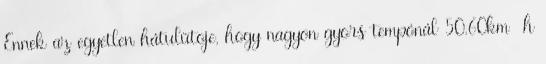
Ennek az egyetlen hátulütõje, hogy nagyon gyors tempónál 50.60km h